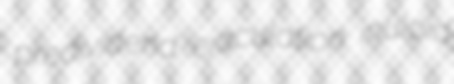
predividend ejaculation inuloid